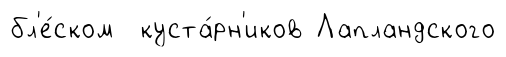
бл'е́ском куста́рн'иков Лапландского